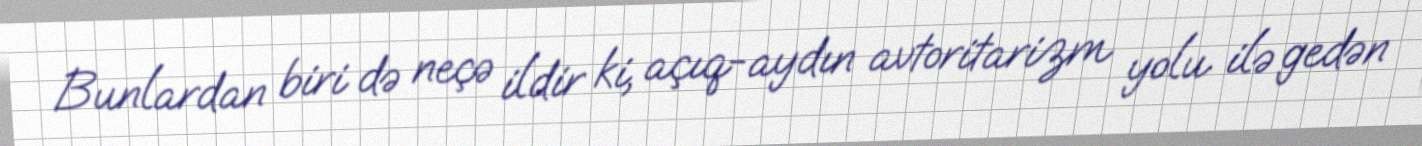
Bunlardan biri də neçə ildir ki, açıq-aydın avtoritarizm yolu ilə gedən